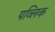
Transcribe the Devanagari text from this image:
पव्लिक